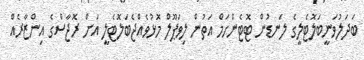
ބަދަލުވަނީބަލޮޓެލީގެ ލަނޑުން ޓޮޓެންހަމް އަތުން ލިވަޕޫލް މޮޅުވެއްޖެބަލޮޓެލީ އަށް ރޮޖާސްގެ އިންޒާރެއް